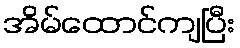
အိမ်ထောင်ကျပြီး